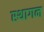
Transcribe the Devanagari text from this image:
स्थागन